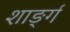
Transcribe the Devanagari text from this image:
शार्ङ्‍ग